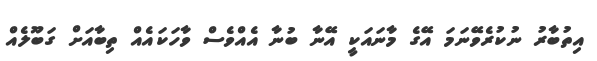
އިތުބާރު ނުކުރެވޭނަމަ އޭގެ މާނައަކީ އޭނާ ބުނާ އެއްވެސް ވާހަކައެއް ތިބާއަށް ގަބޫލެއް